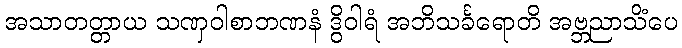
အသာတတ္တာယ သဏှဝါစာဘဏနံ ဒွိဝါရံ အဘိသင်္ခရောတိ အဗ္ဘညာသိံပေ